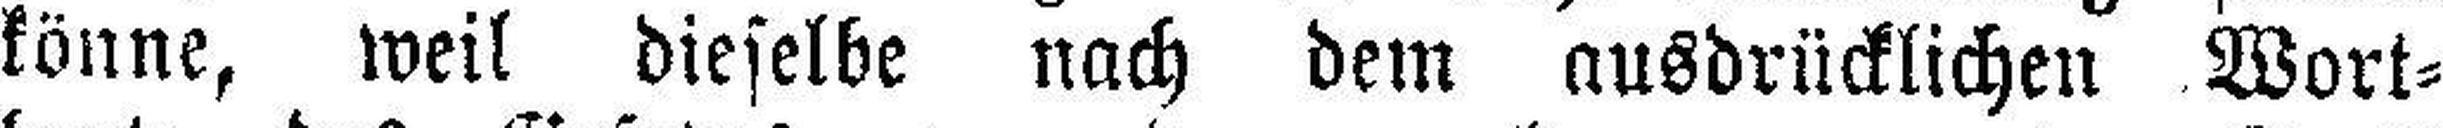
könne, weil dieselbe nach dem ausdrücklichen Wort¬